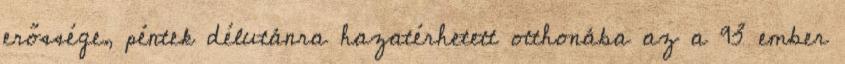
erőssége, péntek délutánra hazatérhetett otthonába az a 93 ember